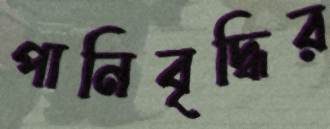
পানিবৃদ্ধির